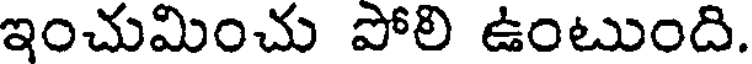
ఇంచుమించు పోలి ఉంటుంది.